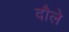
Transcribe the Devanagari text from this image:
दौले